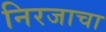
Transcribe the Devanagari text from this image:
निरजाचा